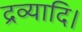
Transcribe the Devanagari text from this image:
द्रव्यादि।